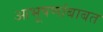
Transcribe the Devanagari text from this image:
आभूषणांबाबत